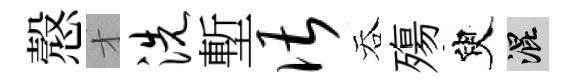
慤才洗塹谌吞殤臾混